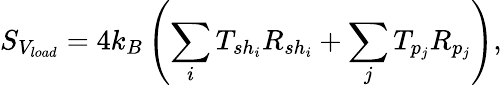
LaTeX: S_{V_{load}}=4k_{B}\left(\sum_{i}T_{sh_{i}}R_{sh_{i}}+\sum_{j}T_{p_{j}}R_{p_{j}}\right),